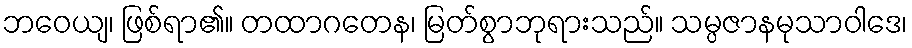
ဘဝေယျ၊ ဖြစ်ရာ၏။ တထာဂတေန၊ မြတ်စွာဘုရားသည်။ သမ္ပဇာနမုသာဝါဒေ၊